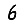
Digit: 6